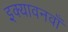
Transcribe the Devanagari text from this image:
इक्यावनवाँ